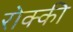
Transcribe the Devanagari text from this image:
रोक्की